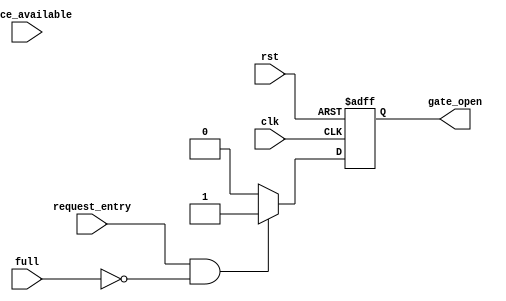
module Entry_Gate_Controller(
input wire clk,
input wire rst,
input wire request_entry,
input wire [7:0] space_available ,
input wire full,
output reg gate_open
    );


always @ (posedge clk or posedge rst)  
    if(rst)
        gate_open=0;
    else begin    
    if(request_entry==1 && !full)
        gate_open=1;
     else
         gate_open=0;  
 end         
endmodule